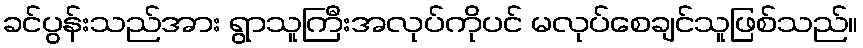
ခင်ပွန်းသည်အား ရွာသူကြီးအလုပ်ကိုပင် မလုပ်စေချင်သူဖြစ်သည်။